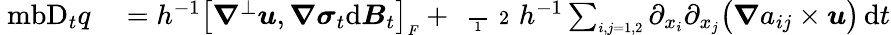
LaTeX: \begin{array}{rl}{\mathrm{\ mb{D}}_{t}q}&{{}=h^{-1}\big[\boldsymbol{\nabla}^{\perp}\boldsymbol{u},\boldsymbol{\nabla}\boldsymbol{\sigma}_{t}\mathrm{d}\boldsymbol{B}_{t}\big]_{\scriptscriptstyle F}+\mathrm{~\scriptsize~\frac~{~1~}~{~2~}~}h^{-1}\sum_{\scriptscriptstyle i,j=1,2}\partial_{x_{i}}\partial_{x_{j}}\big(\boldsymbol{\nabla}a_{ij}\times\boldsymbol{u}\big)\, \mathrm{d}t}\end{array}